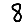
Digit: 8